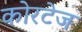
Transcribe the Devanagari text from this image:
कोरटेज